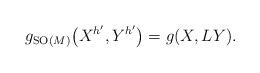
LaTeX: \begin{gather*}g_{{\rm SO}(M)}\big(X^{h'},Y^{h'}\big)=g(X,LY).\end{gather*}